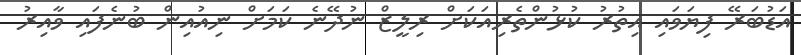
އަޑުބަރޭ ފިޔަވައި އިތުރު ކުޅުންތެރިއަކަށް ރިލީޒް ނުދޭނެ ކަމަށް ނިއުއިން ބުނެފައި ވާއިރު